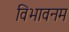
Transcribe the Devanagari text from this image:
विभावनम